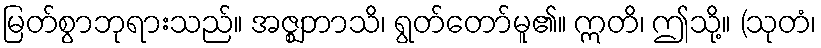
မြတ်စွာဘုရားသည်။ အဇ္ဈဘာသိ၊ ရွတ်တော်မူ၏။ ဣတိ၊ ဤသို့။ (သုတံ၊